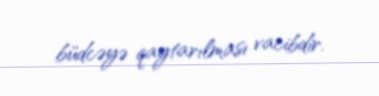
büdcəyə qaytarılması vacibdir.